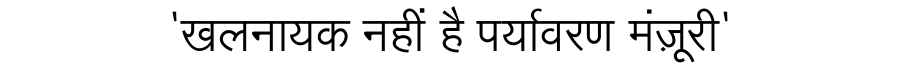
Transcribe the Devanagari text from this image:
'खलनायक नहीं है पर्यावरण मंज़ूरी'